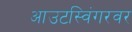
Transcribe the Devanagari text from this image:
आउटस्विंगरवर